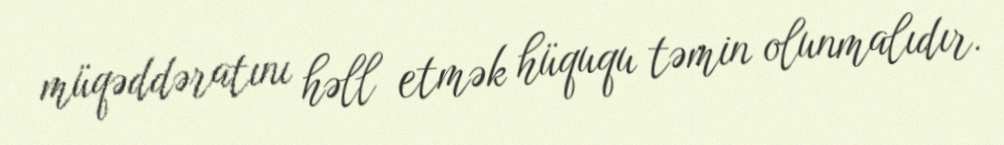
müqəddəratını həll etmək hüququ təmin olunmalıdır.